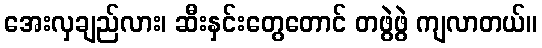
အေးလှချည်လား၊ ဆီးနှင်းတွေတောင် တဖွဲဖွဲ ကျလာတယ်။